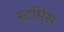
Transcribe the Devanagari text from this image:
स्टॉर्मस